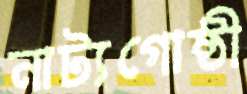
নাট্যগোষ্ঠী